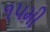
૧૫મી